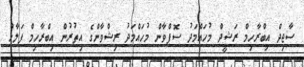
ސާޖިދް އިބްރާހިމް ރަޝީދް މުހައްމަދު ސޮފްވާން މުހައްމަދު ރިޝްވާންގެ އިތުރުން އިބްރާހިމް ފަލާހް